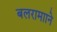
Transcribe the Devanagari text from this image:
बलरामााने